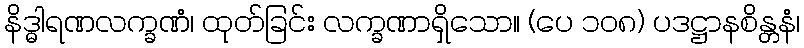
နိဒ္ဓါရဏလက္ခဏံ၊ ထုတ်ခြင်း လက္ခဏာရှိသော။ (ပေ ၁၀၈) ပဒဋ္ဌာနစိန္တနံ၊